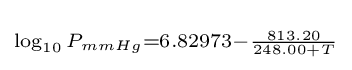
\scriptstyle \log _{10}P_{mmHg}=6.82973-{\frac {813.20}{248.00+T}}